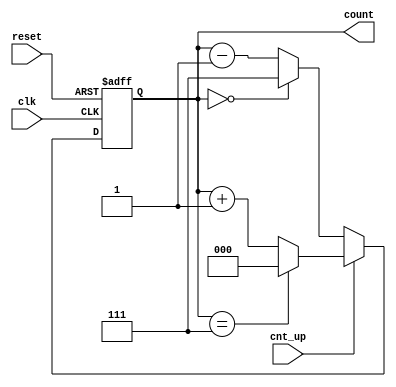
module up_down_counter (
    input wire clk,          // Asynchronous clock input
    input wire cnt_up,      // Control signal for counting direction
    input wire reset,       // Asynchronous active-high reset signal
    output reg [2:0] count  // 3-bit binary output for count value
);

    // Asynchronous reset and counting logic
    always @(posedge clk or posedge reset) begin
        if (reset) begin
            count <= 3'b000; // Reset count to 0
        end else begin
            if (cnt_up) begin
                // Count up
                if (count == 3'b111) begin
                    count <= 3'b000; // Wrap around to 0
                end else begin
                    count <= count + 1; // Increment count
                end
            end else begin
                // Count down
                if (count == 3'b000) begin
                    count <= 3'b111; // Wrap around to max value
                end else begin
                    count <= count - 1; // Decrement count
                end
            end
        end
    end

endmodule